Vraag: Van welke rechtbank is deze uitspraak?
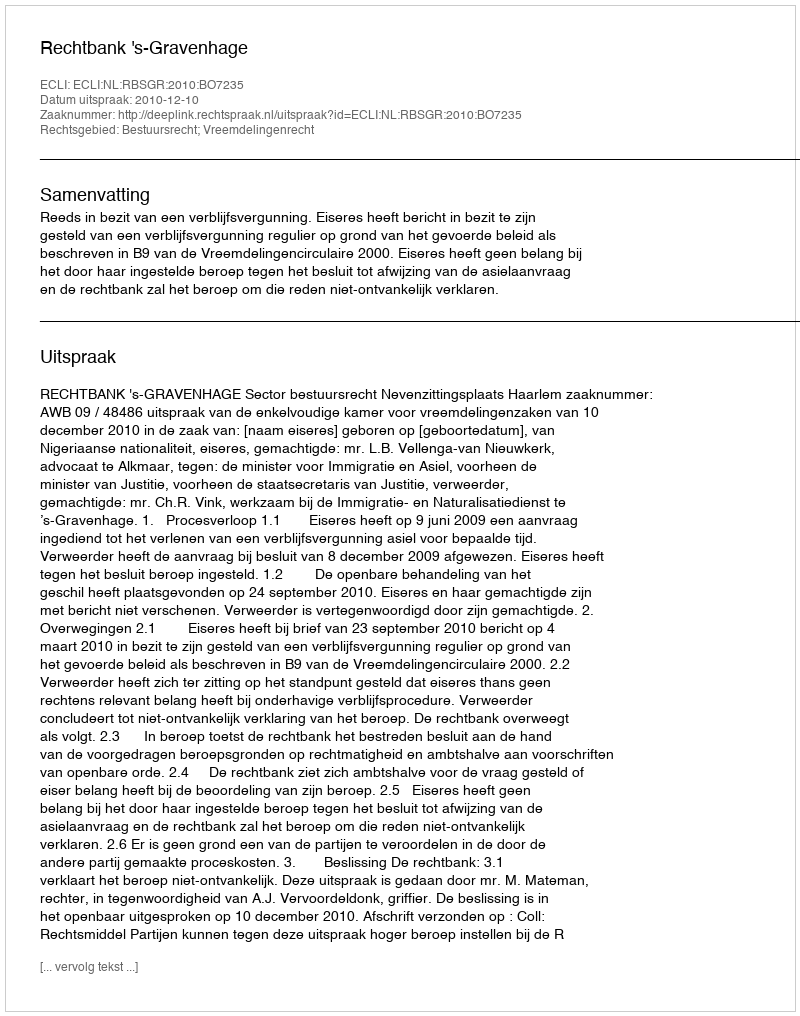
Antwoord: Rechtbank 's-Gravenhage